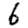
Digit: 6